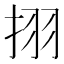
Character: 挧